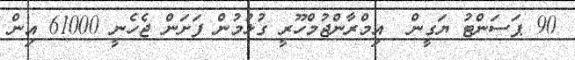
90 ޕަސަންޓު ޔަގީން  އިމްރާންޖުމްހޫރީ ގުޅުމުން ފަށަން ޖެހެނީ 61000 އިން